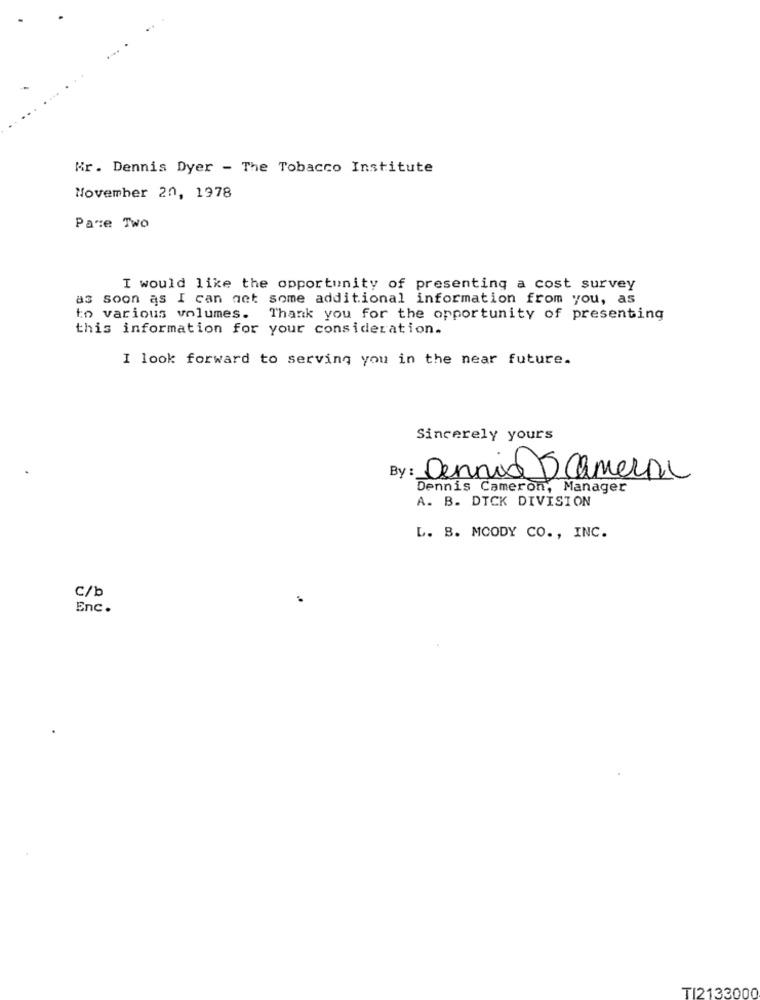
Kr. Dennis Dyer - The Tobacco Institute
November 20, 1978
Pare Two
I would like the opportunity of presenting a cost survey
as soon as I can net some additional information from you, as
to various volumes. Thank you for the opportunity of presenting
this information for your consideration.
I look forward to serving you in the near future.
Sincerely yours
Dennis 5 Camera
Dennis Cameron, Manager
A. B. DICK DIVISION
L. B. MOODY CO ., INC.
C/b
Enc.
TI2133000